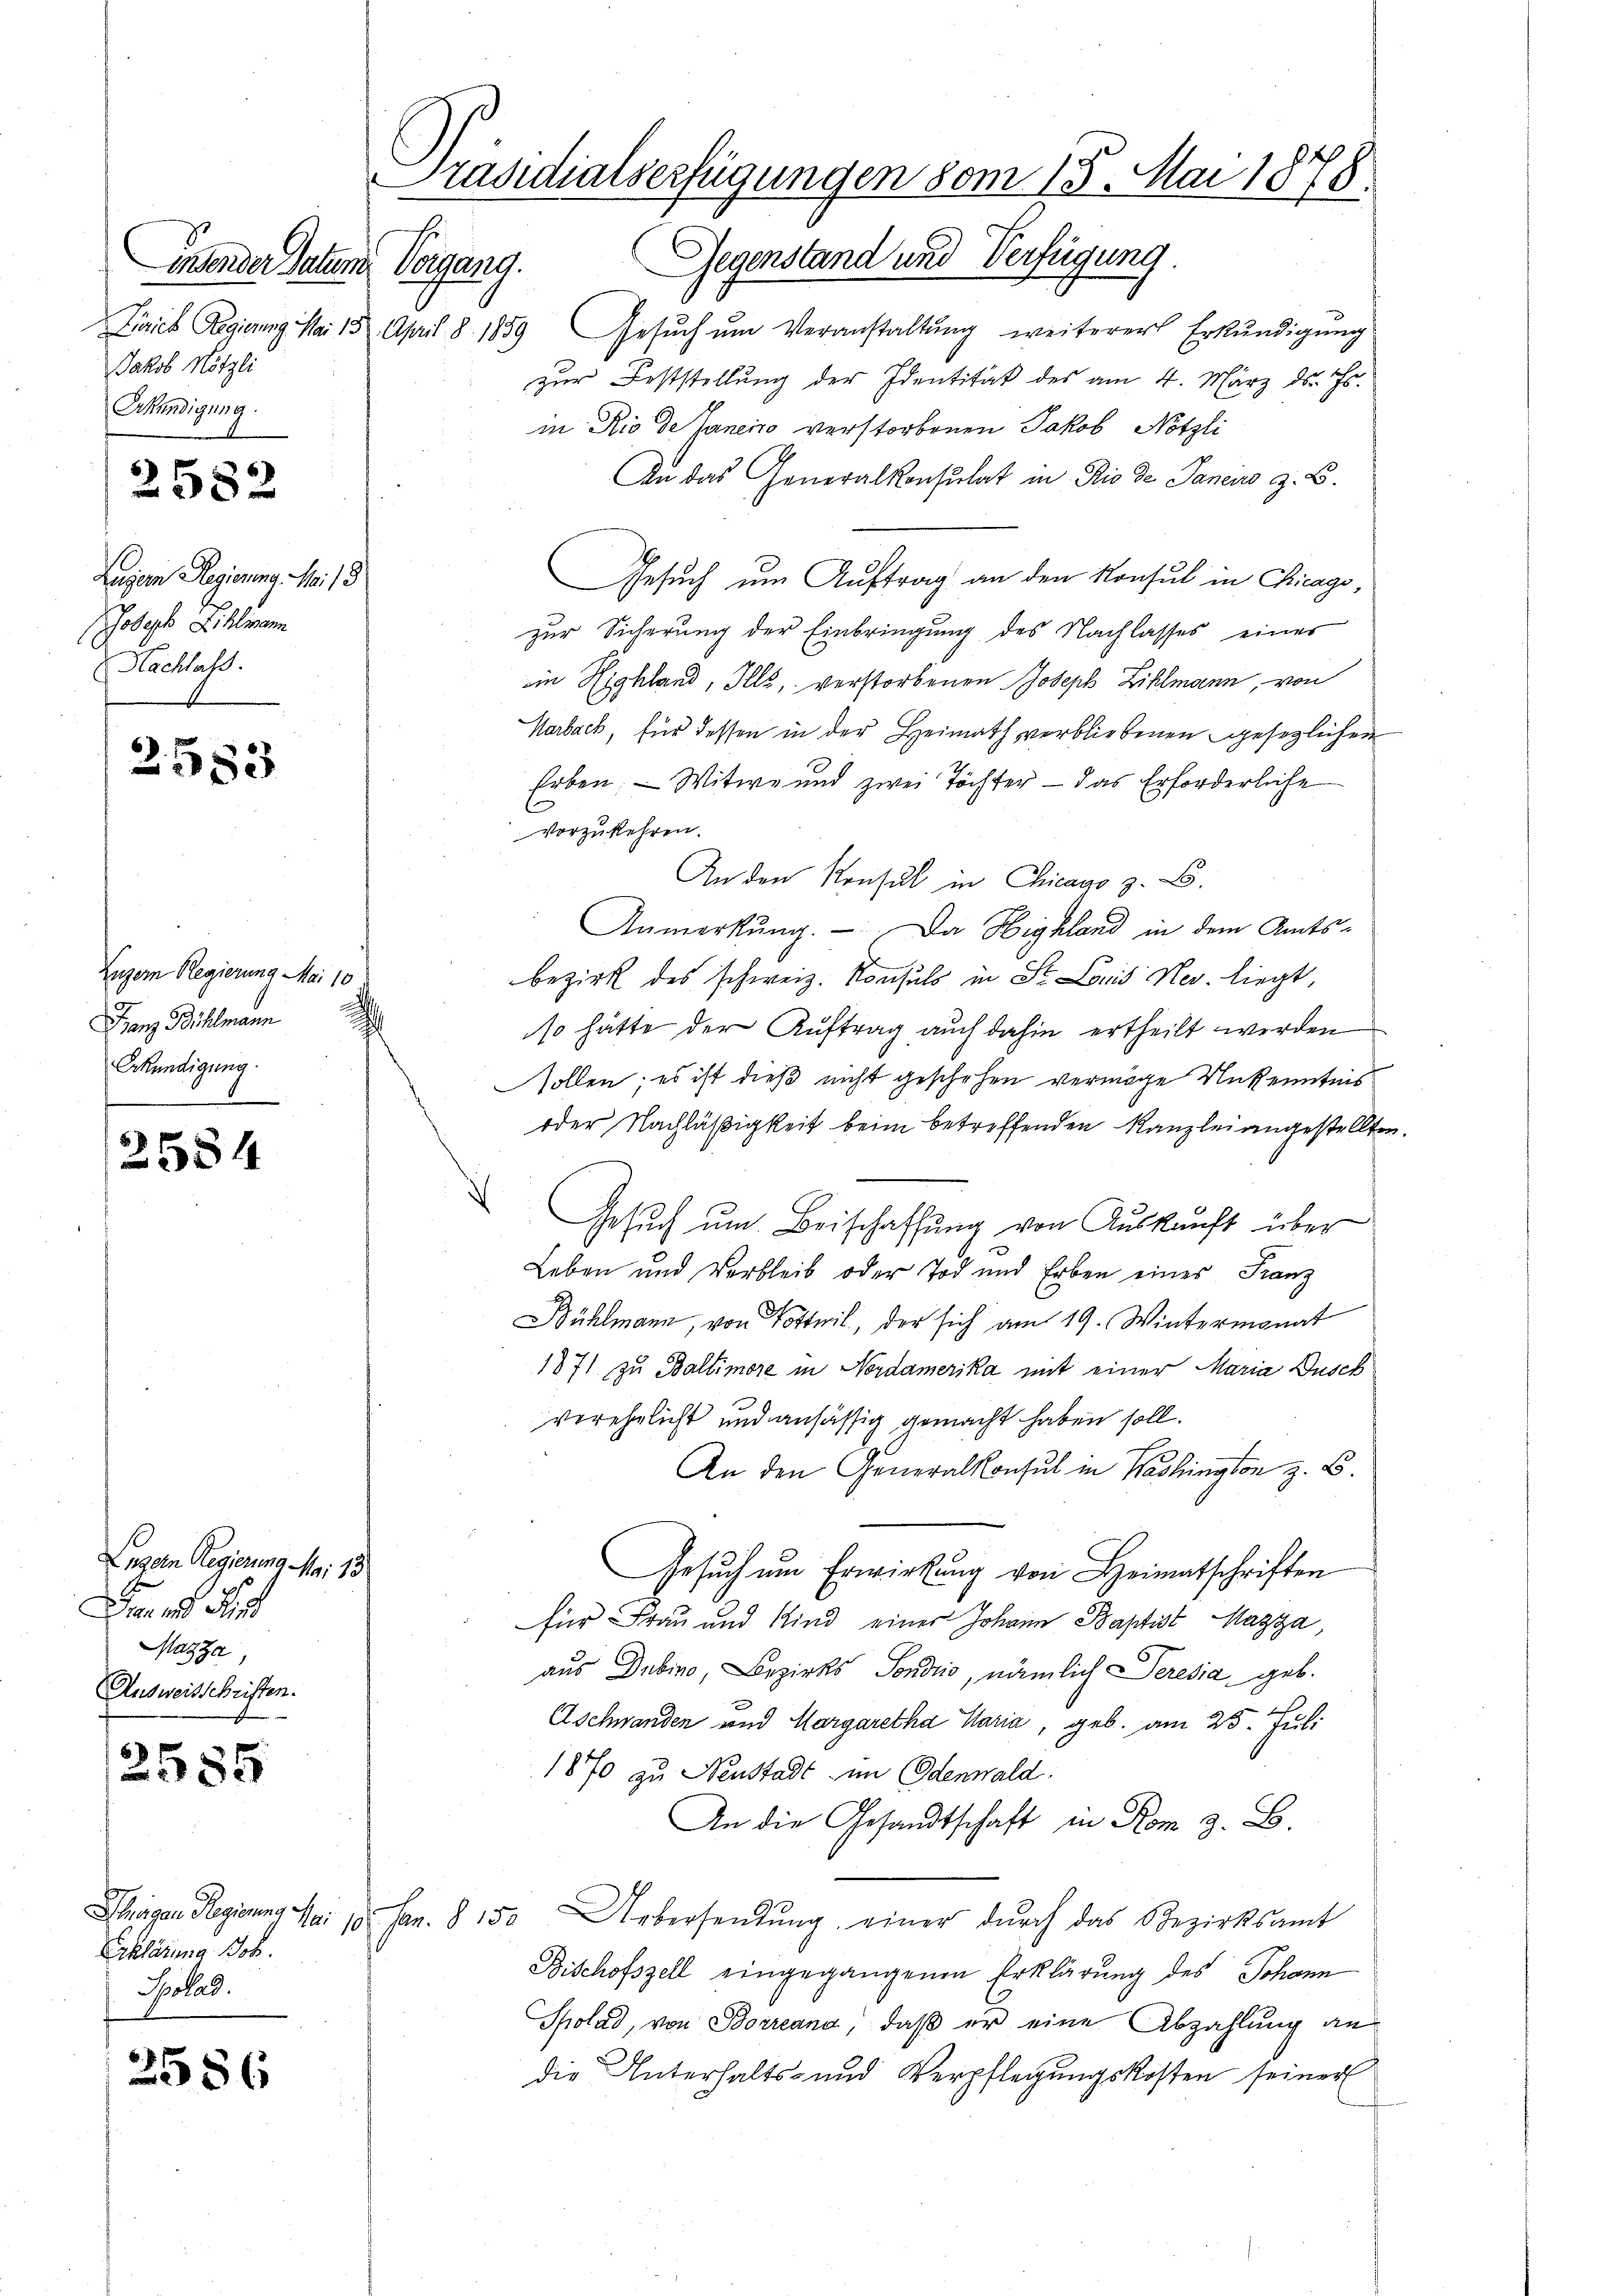
insender Datum Vorgang.
Jakob Nötzli
Erkündigung.

2582

Luzern Regierung. Mai 19
holge Sihlmann
Nachlass

2583

Luzern Regierung Mai 10
Ganz Bühlmann
Erkündigung.
m

2584

Luzern Regierung Mai 18
 n. Fin
Mazza,
Ausweisschriften.

s
385

2586

Erklärung Joh.
Sokad.

Präsidialserfügungen vom 15. Mai 1878.
Gegenstand und Verfügung.

Lirich Regierung Mai 18. April 8. 1859 Gesŭch ŭm Veranstaltŭng weiterer Erkŭndigŭng
zur Feststellung der Identität des am 4. März d. Js.
in Rio de Janeiro verstorbenen Jakob Nötzli
An das Generalkonsulat in Rio de Janeiro z. B.
Gesuch um Auftrag an den Konsul in Chicago,
zur Sicherung der Einbringung des Nachlasses einer
in Highland, Ills, verstorbenen Joseph Zihlmann, von
Marbach, für dessen in der Heimath verbliebenen gesetzlichen
Erben. — Witwe und zwei Töchter — das Erforderliche
vorzukehren.
An den Konsul in Chicavo z. B.
Anmerkŭng. Da Highland in dem Amtsbezirk des schweiz. Konsuls in St. Louis Nev. liegt,
so hätte der Auftrag auch dahin ertheilt werden
sollen; es ist dieß nicht geschehen vermöge Unkenntnis
oder Nachläßigkeit beim betreffenden Kanzlei angestellten.
Gesuch um Beischaffung von Auskunft über
Leben und Verbleib oder Tod und Erben eines Franz
Bühlmann, von Totteil, der sich am 19. Wintermonat
1871 zu Baltimore in Nordamerika mit einer Maria Dusch
verehelicht und ansässig gemacht haben soll.
An den Generalkonsul in Washington z. B.
Gesuch um Erwirkung von Heimatschriften
für Frau und Kind einer Johann Baptist Mazza,
aus Dubino, Bezirks Sondis, nämlich Seresia, geb.
Aschwanden und Margaretha Maria, geb. am 25. Juli
1870 zu Neustadt im Odenwald:
An die Gesandtschaft in Rom z. B.
Phäger Regierung Mai 18. Jan. § 150 Uebersendŭng einer durch das Bezirksamt
Bischofszell eingegangenen Erklärung des Johann
Spolad, von Borreand, daß er eine Abzahlung an
die Unterhalts- und Verpflegungskosten seiner